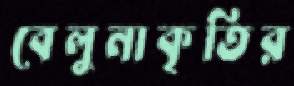
বেলুনাকৃতির